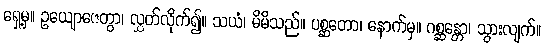
ရှေ့မှ။ ဥယျောဇေတွာ၊ လွှတ်လိုက်၍။ သယံ၊ မိမိသည်။ ပစ္ဆတော၊ နောက်မှ။ ဂစ္ဆန္တော၊ သွားလျက်။